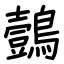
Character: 鷧